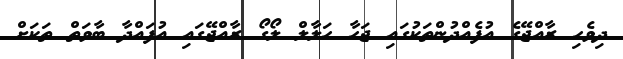
ދިވެހި ރާއްޖޭގެ އުފެއްދުންތަކުގައި ޖަހާ ހަލާލް ލޯގޯ ރާއްޖޭގައި އުފައްދާ ބާވަތް ތަކަށް